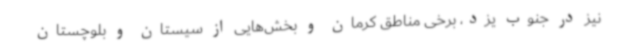
نیز در جنوب یزد، برخی مناطق کرمان و بخش‌هایی از سیستان و بلوچستان